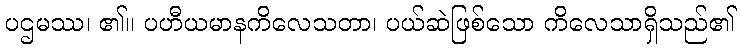
ပဌမဿ၊ ၏။ ပဟီယမာနကိလေသတာ၊ ပယ်ဆဲဖြစ်သော ကိလေသာရှိသည်၏